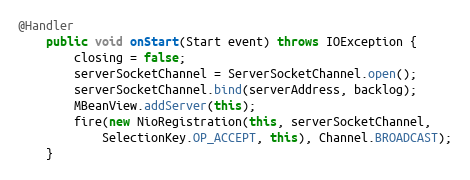
Language: Java
@Handler
    public void onStart(Start event) throws IOException {
        closing = false;
        serverSocketChannel = ServerSocketChannel.open();
        serverSocketChannel.bind(serverAddress, backlog);
        MBeanView.addServer(this);
        fire(new NioRegistration(this, serverSocketChannel,
            SelectionKey.OP_ACCEPT, this), Channel.BROADCAST);
    }